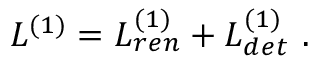
{ \cal L } ^ { ( 1 ) } = { \cal L } _ { r e n } ^ { ( 1 ) } + { \cal L } _ { d e t } ^ { ( 1 ) } \ .